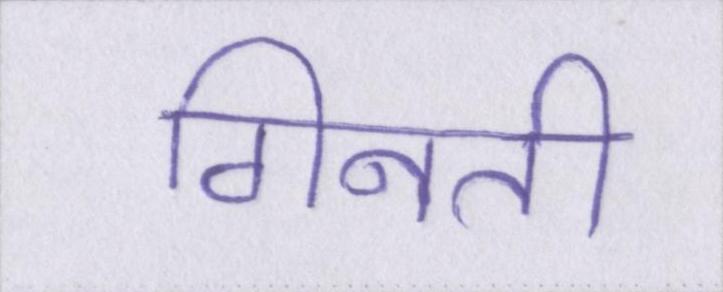
गिनती